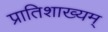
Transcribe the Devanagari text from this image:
प्रातिशाख्यम्